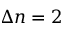
\Delta n = 2